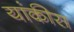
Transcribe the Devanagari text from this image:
यांकीस